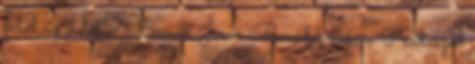
fától az erdőt? Beérett Jávor Benedek nek, a Párbeszéd